Proceedings of the meeting of veterinary officers in India
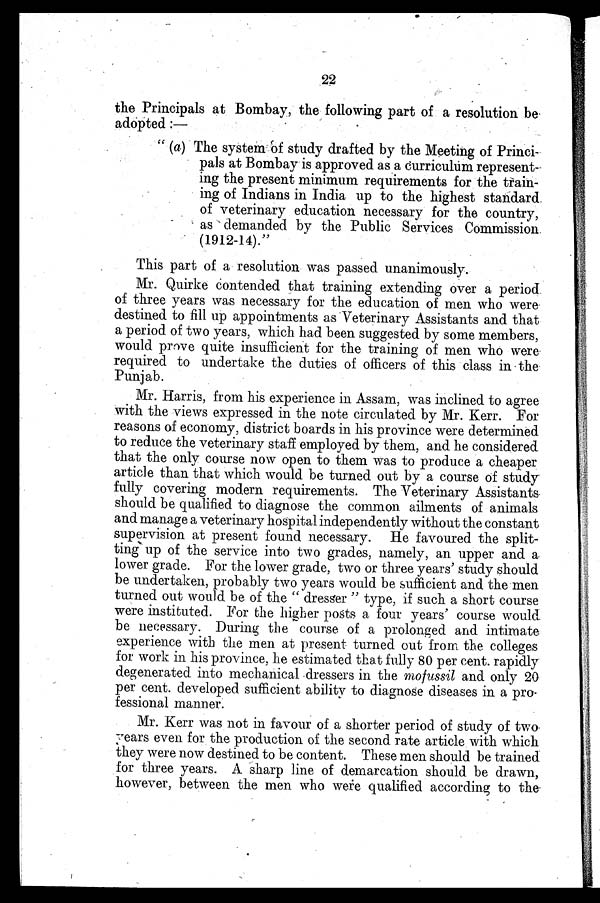
22
the Principals at Bombay, the following part of a resolution be
adopted:—
"(a) The system of study drafted by the Meeting of Princi-
pals at Bombay is approved as a curriculum represent-
ing the present minimum requirements for the train-
ing of Indians in India up to the highest standard
of veterinary education necessary for the country,
as demanded by the Public Services Commission
(1912-14)."
This part of a resolution was passed unanimously.
Mr. Quirke contended that training extending over a period
of three years was necessary for the education of men who were
destined to fill up appointments as Veterinary Assistants and that
a period of two years, which had been suggested by some members,
would prove quite insufficient for the training of men who were
required to undertake the duties of officers of this class in the
Punjab.
Mr. Harris, from his experience in Assam, was inclined to agree
with the views expressed in the note circulated by Mr. Kerr. For
reasons of economy, district boards in his province were determined
to reduce the veterinary staff employed by them, and he considered
that the only course now open to them was to produce a cheaper
article than that which would be turned out by a course of study
fully covering modern requirements. The Veterinary Assistants
should be qualified to diagnose the common ailments of animals
and manage a veterinary hospital independently without the constant
supervision at present found necessary. He favoured the split-
ting up of the service into two grades, namely, an upper and a
lower grade. For the lower grade, two or three years' study should
be undertaken, probably two years would be sufficient and the men
turned out would be of the "dresser" type, if such a short course
were instituted. For the higher posts a four years' course would
be necessary. During the course of a prolonged and intimate
experience with the men at present turned out from the. colleges
for work in his province, he estimated that fully 80 per cent. rapidly
degenerated into mechanical dressers in the mofussil and only 20
per cent. developed sufficient ability to diagnose diseases in a pro-
fessional manner.
Mr. Kerr was not in favour of a shorter period of study of two
years even for the production of the second rate article with which
they were now destined to be content. These men should be trained
for three years. A sharp line of demarcation should be drawn,
however, between the men who were qualified according to the